Annual report on the health of the army in India
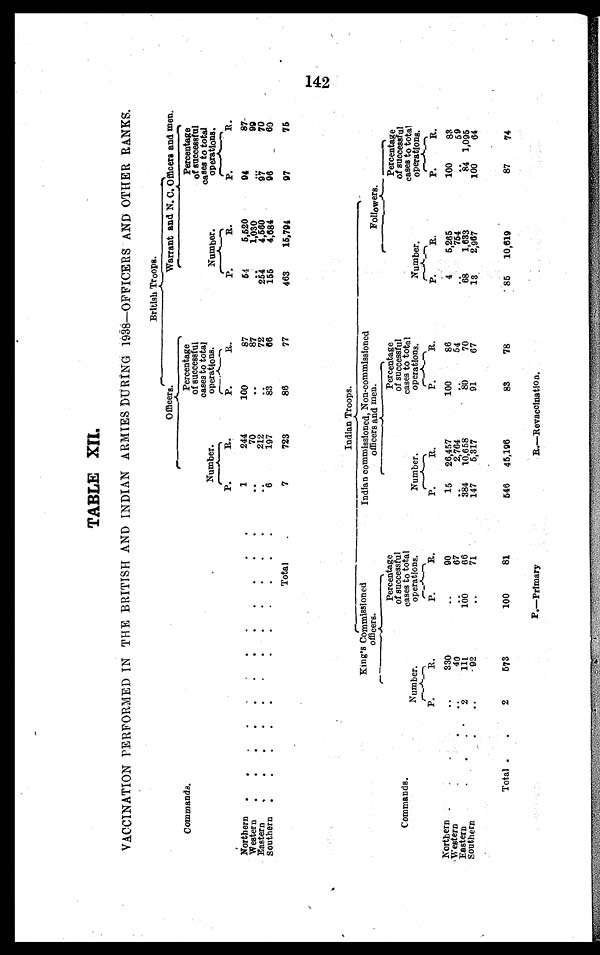
TABLE XII.
VACCINATION PERFORMED IN THE BRITISH AND INDIAN ARMIES DURING 1938—OFFICERS AND OTHER RANKS.
Commands.
British Troops.
Officers.
Warrant and N. C. Officers and men.
Number.
Percentage
of successful
cases to total
operations.
Number.
Percentage
of successful
cases to total
operations.
P.
R.
P.
Rt.
P.
R.
P.
R.
Northern . . .
1
244
100
87
54
5,520
94
87
70
. . .
8
. . .
1,030
. . .
9 9
Western . . .
. . .
212
. . .
72
254
4,560
9 7
70
Eastern . . .
. . .
197
8 3
66
155
4,684
96
60
6
Southern . . .
Tot al . . .
7
723
86
77
463
15,794
97
75
Commands.
Indian Troops.
King's Commissioned
officers.
Indian commissioned, Non-commissioned
officers and men.
Followers.
Number.
Percentage
of successful
cases to total
operations.
Number.
Percentage
of successful
cases to total
operations.
Number.
Percentage
of successful
cases to total
operations.
P . R.
P.
R.
P.
R.
P.
R.
P.
R.
P.
R.
Northern . . .
. . .
330
. . . 90
15
26,457
100
86
4
5,265
100
83
Western . . .
. . .
40
. . . 67
. . .
2,764
. . .
54
. . .
754
. . .
59
Eastern . . .
2
111
100
66
3 8 4 10,658
80
70
68
1,633
84 1,095
Southern. . .
. . .
92
. . .
71
147
5,317
91
67
13
2,967
100
64
Total . . .
2
573
100
81
546
45,196
83
78
85
10,619
87
74
142